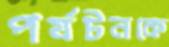
পর্যটনকে